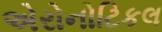
એરોનોટિકલ